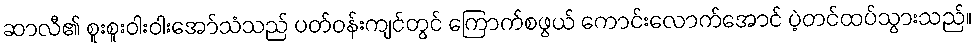
ဆာလီ၏ စူးစူးဝါးဝါးအော်သံသည် ပတ်ဝန်းကျင်တွင် ကြောက်စဖွယ် ကောင်းလောက်အောင် ပဲ့တင်ထပ်သွားသည်။